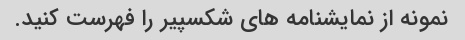
نمونه از نمایشنامه های شکسپیر را فهرست کنید.